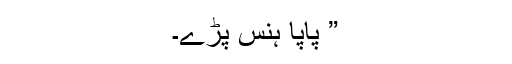
” پاپا ہنس پڑے۔